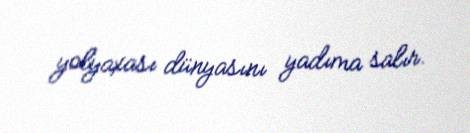
yolyaxası dünyasını yadıma salır.